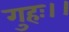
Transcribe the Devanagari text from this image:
गुहः।।